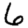
Digit: 6